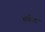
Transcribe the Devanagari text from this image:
तर्कत